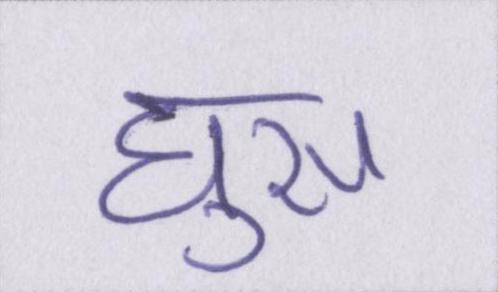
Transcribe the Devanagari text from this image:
घुस